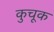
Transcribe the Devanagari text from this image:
कुचूक